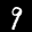
Label: 9